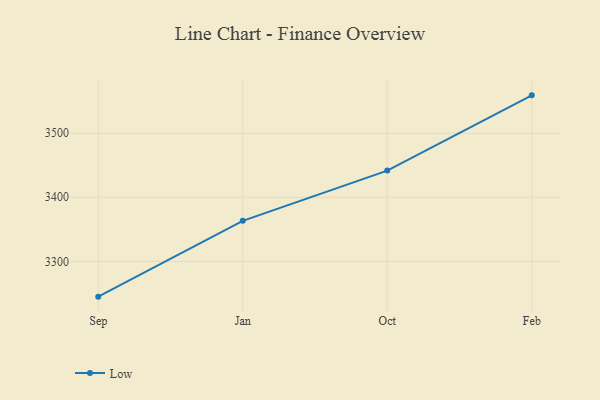
{"axis": {"x": "Month", "y": "Net Income (USD K)"}, "legend": ["Low"], "data": [{"x": "Sep", "y": 3244.8, "type": "Low"}, {"x": "Jan", "y": 3363.2, "type": "Low"}, {"x": "Oct", "y": 3441.7, "type": "Low"}, {"x": "Feb", "y": 3559.2, "type": "Low"}]}